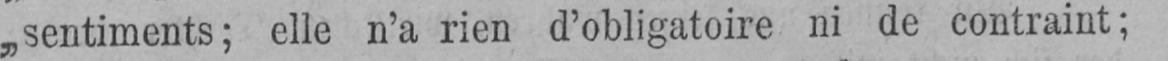
„sentiments; elle n’a rien d’obligatoire ni de contraint;